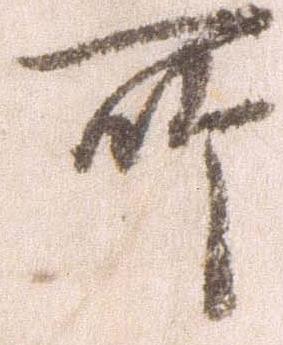
所